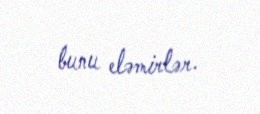
bunu eləmirlər.